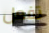
تفعل